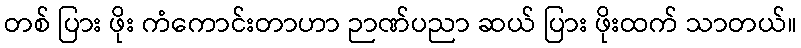
တစ် ပြား ဖိုး ကံကောင်းတာဟာ ဉာဏ်ပညာ ဆယ် ပြား ဖိုးထက် သာတယ်။